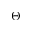
\Theta